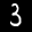
Label: 3